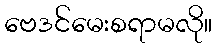
ဗေဒင်မေးစရာမလို။